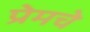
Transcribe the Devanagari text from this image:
प्रेमचे